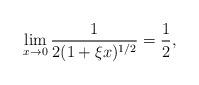
LaTeX: \begin{align*}\lim_{x\rightarrow 0}\dfrac{1}{2(1 + \xi x)^{1/2}} = \frac{1}{2},\end{align*}